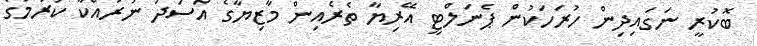
ބޮކުރީ ނަގައިދިން ހުރަހަކުން ޕެނަލްޓީ އޭރިޔާ ތެރެއިން މާޒިޔާގެ އަސަދު ނުރައްކާ ކުރުމުގެ